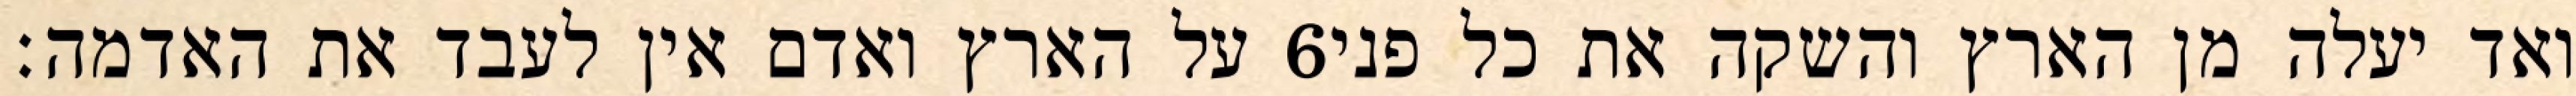
על הארץ ואדם אין לעבד את האדמה׃ ‎6‏ ואד יעלה מן הארץ והשקה את כל פני